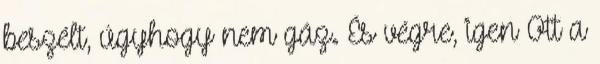
beszélt, úgyhogy nem gáz. És végre, igen Ott a